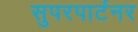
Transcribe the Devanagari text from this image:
सुपरपार्टनर